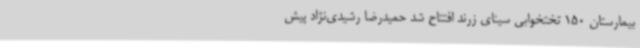
بیمارستان 150 تختخوابی سینای زرند افتتاح شد حمیدرضا رشیدی‌نژاد پیش